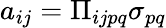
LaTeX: a_{ij}=\Pi_{ijpq}\sigma_{pq}